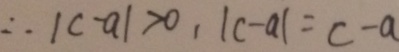
\therefore \vert c - a \vert > 0 , \vert c - a \vert = c - a